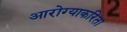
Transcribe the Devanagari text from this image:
आरोग्याकरिता